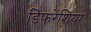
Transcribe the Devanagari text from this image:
डिफरेंशिया